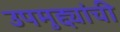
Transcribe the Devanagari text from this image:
उपमुद्द्यांची